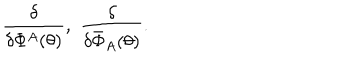
\frac { \delta } { \delta \Phi ^ { A } ( \theta ) } , \, \, \frac { \delta } { \delta \bar { \Phi } _ { A } ( \theta ) } .